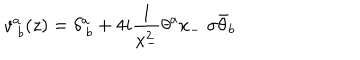
v _ { ~ b } ^ { a } ( z ) = \displaystyle { \delta _ { ~ b } ^ { a } + 4 i \frac { 1 } { x _ { - } ^ { 2 } } \theta ^ { a } x _ { - } { \cdot \sigma } \bar { \theta } _ { b } }